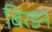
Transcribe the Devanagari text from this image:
बिरडन